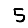
Digit: 5